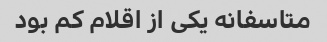
متاسفانه یکی از اقلام کم بود